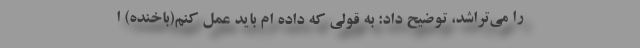
را می‌تراشد، توضیح داد: به قولی که داده ام باید عمل کنم(باخنده) ا